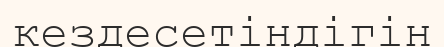
кездесетіндігін